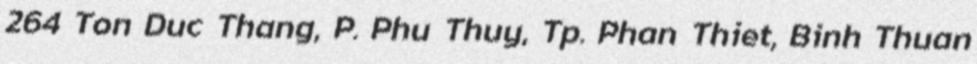
264 Ton Duc Thang, P. Phu Thuy, Tp. Phan Thiet, Binh Thuan